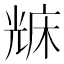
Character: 𠒥